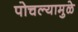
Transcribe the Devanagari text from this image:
पोचल्यामुळे